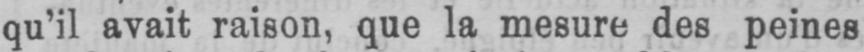
qu’il avait raison, que la mesure des peines